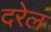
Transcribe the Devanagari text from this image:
दरेल